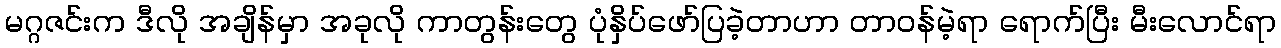
မဂ္ဂဇင်းက ဒီလို အချိန်မှာ အခုလို ကာတွန်းတွေ ပုံနှိပ်ဖော်ပြခဲ့တာဟာ တာဝန်မဲ့ရာ ရောက်ပြီး မီးလောင်ရာ